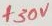
Text: +30µ